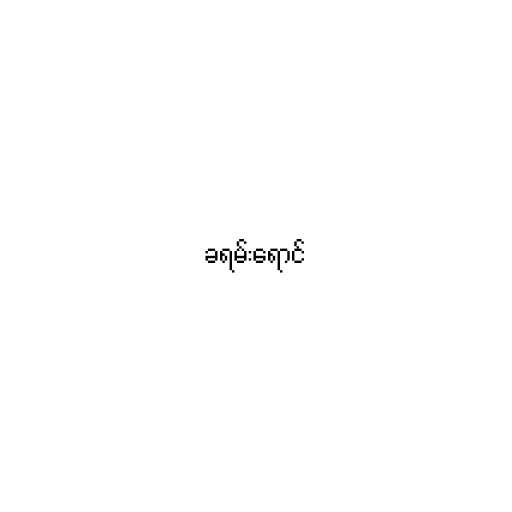
ခရမ်းရောင်